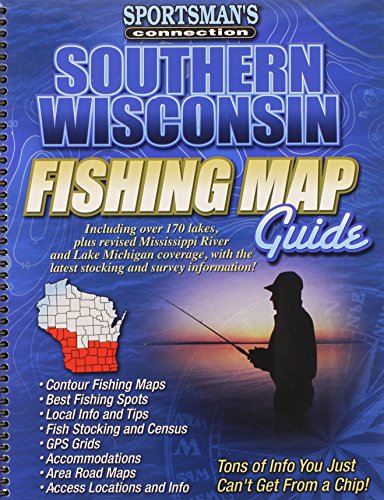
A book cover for Southern Wisconsin Fishing Map Guide (Sportsman's Connection); Sportsman's Connectiopn; Travel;